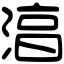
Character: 湻